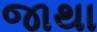
જાથા